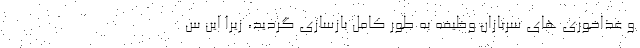
و غذاخوری های سربازان وظیفه به طور کامل بازسازی گردید، زیرا این س